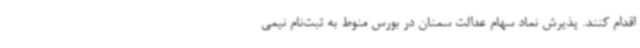
اقدام کنند. پذیرش نماد سهام عدالت سمنان در بورس منوط به ثبت‌نام نیمی